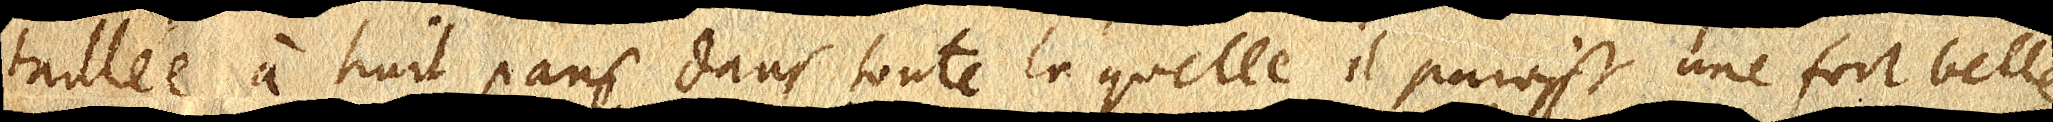
taillée à huit pans dans toute laquelle il paroiste une fort belle